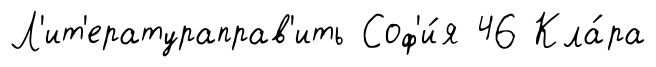
Л'ит'ератураправ'ить Соф'и́я 46 Кла́ра